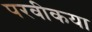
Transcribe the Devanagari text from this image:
परवीकया